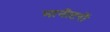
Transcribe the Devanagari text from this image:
मानीटरों